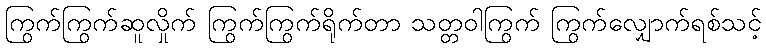
ကြွက်ကြွက်ဆူလှိုက် ကြွက်ကြွက်ရိုက်တာ သတ္တဝါကြွက် ကြွက်လျှောက်ရစ်သင့်